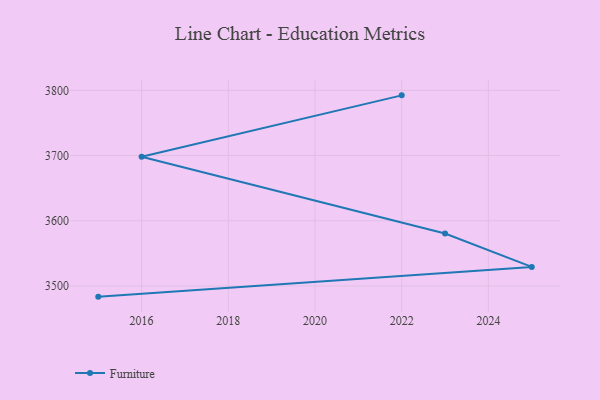
{"axis": {"x": "Year", "y": "Churn Rate (%)"}, "legend": ["Furniture"], "data": [{"x": "2022", "y": 3792.3, "type": "Furniture"}, {"x": "2016", "y": 3698.3, "type": "Furniture"}, {"x": "2023", "y": 3580.4, "type": "Furniture"}, {"x": "2025", "y": 3529.3, "type": "Furniture"}, {"x": "2015", "y": 3483.7, "type": "Furniture"}]}